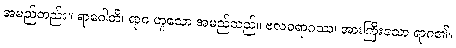
အမည်တည်း။ ရာဂေါတိ၊ ရာဂ ဟူသော အမည်သည်။ ဗလဝရာဂဿ၊ အားကြီးသော ရာဂ၏။